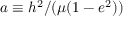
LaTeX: a \equiv h ^ { 2 } / ( \mu ( 1 - e ^ { 2 } ) )